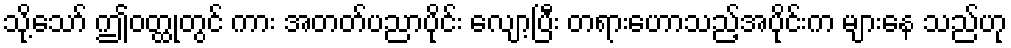
သို့သော် ဤဝတ္ထုတွင် ကား အတတ်ပညာပိုင်း လျော့ပြီး တရားဟောသည့်အပိုင်းက များနေ သည်ဟု